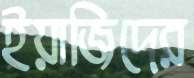
ইয়াজিদের